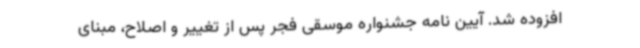
افزوده شد. آیین نامه جشنواره موسقی فجر پس از تغییر و اصلاح، مبنای